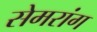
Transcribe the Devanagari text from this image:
सेमरांग